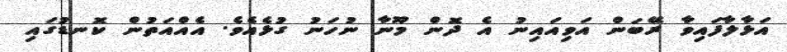
އަޅާލާފައިވާ ރޭބަން އަވިއައިނު އެ ދޮން މޫނާ ނުހަނު ގުޅެއެވެ. އެއްއަތުން ކޮނޑުގައި